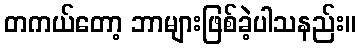
တကယ်တော့ ဘာများဖြစ်ခဲ့ပါသနည်း။